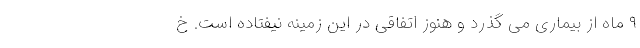
۹ ماه از بیماری می گذرد و هنوز اتفاقی در این زمینه نیفتاده است. خ